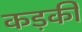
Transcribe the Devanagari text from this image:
कड़की